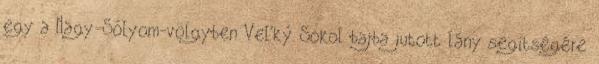
egy a Nagy-Sólyom-völgyben Veľký Sokol bajba jutott lány segítségére